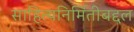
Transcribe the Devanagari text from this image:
साहित्यनिर्मितीबद्दल